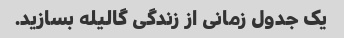
یک جدول زمانی از زندگی گالیله بسازید.